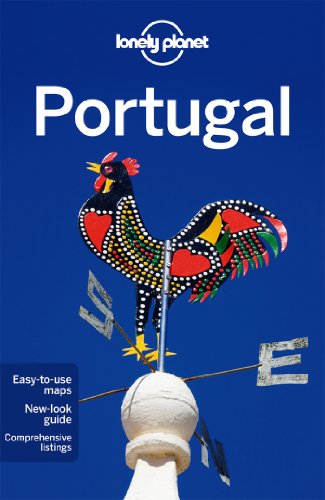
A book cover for Lonely Planet Portugal (Travel Guide); Lonely Planet; Travel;